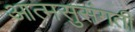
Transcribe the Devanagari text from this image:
आत्मसुसंगती